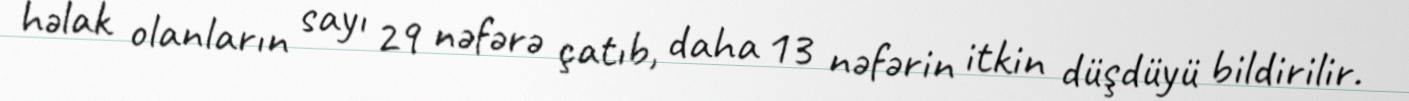
həlak olanların sayı 29 nəfərə çatıb, daha 13 nəfərin itkin düşdüyü bildirilir.